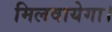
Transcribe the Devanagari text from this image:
मिलवायेगा।